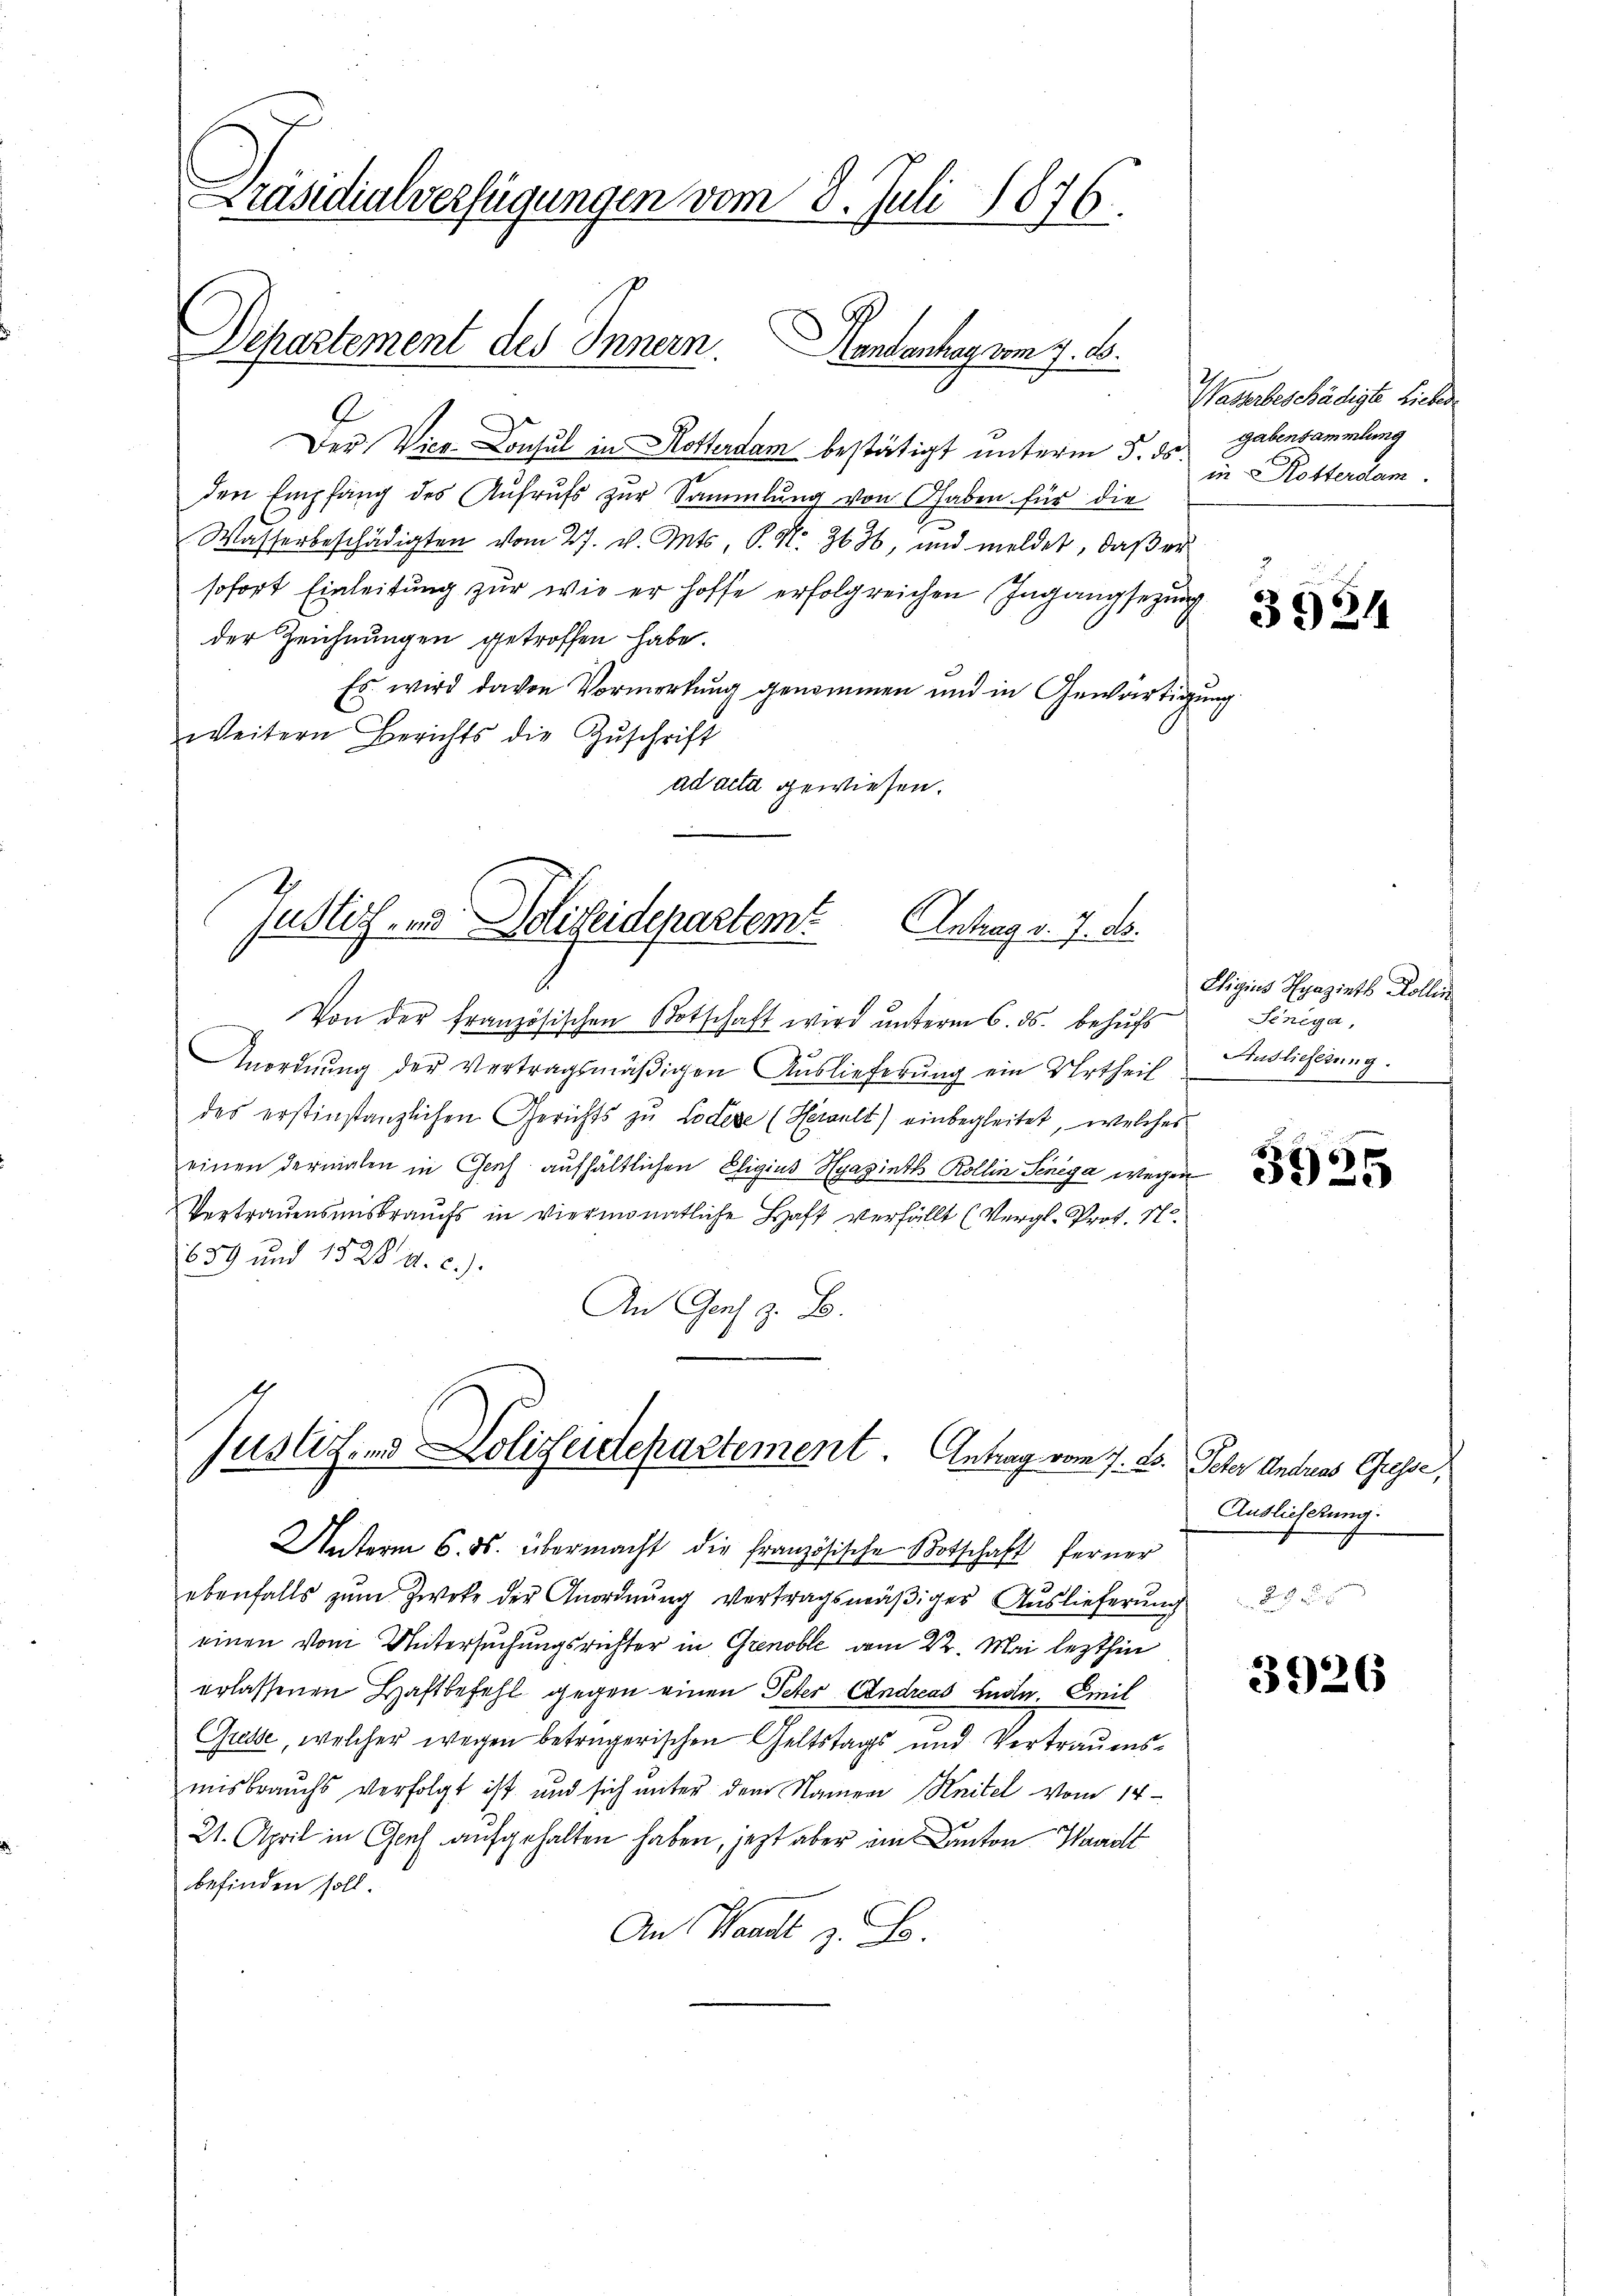
Präsidialverfügungen vom 8. Juli 1876.

Departement des Innern. Hendanhay vom 7. d.

Der Vice Consul in Rotterdam bestätigt unterm 5. ds. Gabensammlung
den Empfang des Aufrufs zur Sammlung von haben für die
Wasserbeschädigten vom 27. v. Mts., P. Nr. 3636, und meldet, daß er
sofort Einleitung zur wie er hoffe erfolgreichen Ingangsezung
der Zeichnungen getroffen habe.
Es wird davon Vormerkung genommen und in Gewärtigung
weitern Berichts die Zŭschrift
ad acta gewiesen.
Justiz- und Polizeidepartem Antrag v. 7. ds.
Von der französischen Botschaft wird ŭnterm 6. ds. behŭfs
Anordnung der Vertragsmäßigen Auslieferung ein Urtheil
des erstinstanzlichen Gerichts zu Codexe (Herult) einbegleitet, welches
einen dermalen in Chorch aufhältlichen Eligius Hyaginth Kollin Senega wegen
Vertrauensmisbrauchs in viermonatliche Haft verfällt (Vergl. Prot. N
659 und 1528 a. c.).
An Genf z. B.

Justiz- und Polizeidepartement. Antrag vom 7. ds. Peter Andreas Gusse,

Unterm 6. ds. übermacht die französische Botschaft ferner
2
ebenfalls zum Zweke der Anordnung vertragsmäßiger Auslieferung
einen vom Untersuchungsrichter in Grenoble am 22. Mai lezthin
erlassenen Haftbefehl gegen einen Peter Andreas Ende. Emil
Gresse, welcher wegen beträgerischen Geltstags und Vertrauensmisbrauchs verfolgt ist und sich unter dem Namen Knitel vom 14.
21. April in Graf aufgehalten haben, jezt aber im Canton Waadt
befinden soll.
An Waadt z. B.

Wasserbeschädigte Lieber
in Rotterdam.

3924

Eigius Spazieth Kollin
Sinéga,
Auslieferung.

8
5925

Auslieferung.

3926